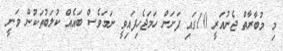
މި މުބާރާތް ޖެނުއަރީ 10ގައި ފަށަން ހަމަޖެހިފައިވީ ނަމަވެސް ބައެއް ކުލަބުތަކުން ވަނީ